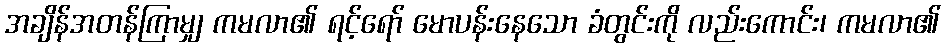
အချိန်အတန်ကြာမျှ ကမလာ၏ ရင့်ရော် မောပန်းနေသော ခံတွင်းကို လည်းကောင်း၊ ကမလာ၏